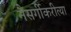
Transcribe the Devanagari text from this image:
नैसर्गीकरीत्या